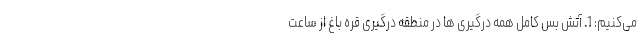
می‌کنیم: 1. آتش بس كامل همه درگیری ها در منطقه درگیری قره باغ از ساعت